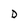
Character: D